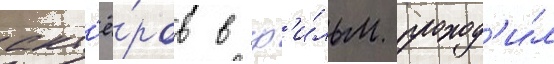
акт'ё́ров в ф'и́льм проход'и́л